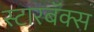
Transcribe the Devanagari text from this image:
स्टारबॅक्स